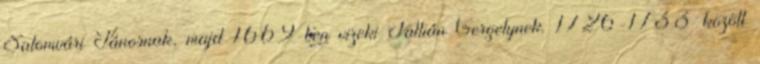
Salomvári Jánosnak, majd 1669-ben vizeki Tallián Gergelynek. 1726-1733 között